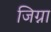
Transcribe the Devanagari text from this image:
जिग्ना